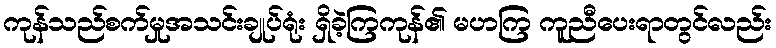
ကုန်သည်စက်မှုအသင်းချုပ်ရုံး ရှိခဲ့ကြကုန်၏ မဟကြ ကူညီပေးရာတွင်လည်း